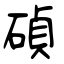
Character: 碵